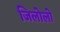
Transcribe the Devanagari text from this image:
जिलोलो